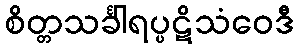
စိတ္တသင်္ခါရပ္ပဋိသံဝေဒီ